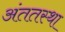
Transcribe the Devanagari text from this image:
अंततस्था